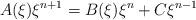
LaTeX: \begin{align*}A(\xi)\xi^{n+1}=B(\xi)\xi^n+C\xi^{n-1}\end{align*}